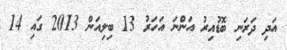
އަދި ދަރަނި ބޮޑުއިރު އަންނަ އަހަރު 13 ބިލިއަން 2013 ގައި 14